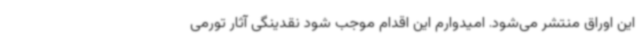
این اوراق منتشر می‌شود. امیدوارم این اقدام موجب شود نقدینگی آثار تورمی